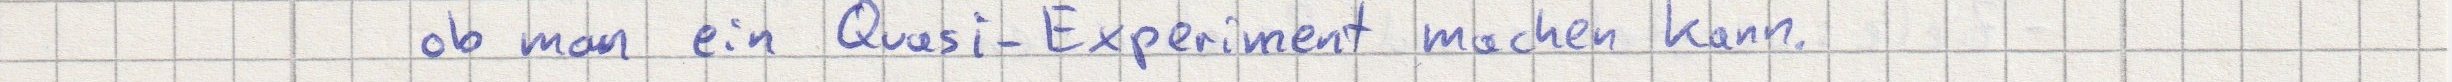
ob man ein Quasi-Experiment machen kann.